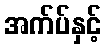
အက်ပ်နှင့်